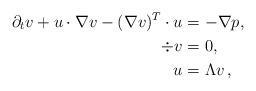
LaTeX: \begin{align*}\partial_t v + u \cdot \nabla v - ( \nabla v)^T\cdot u & = - \nabla p, \\\div v & = 0, \\u & = \Lambda v \,,\end{align*}